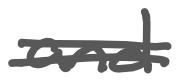
Text: and
Cross-out: double-line
Writing tool: digital_gray